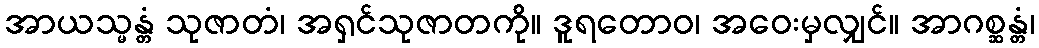
အာယသ္မန္တံ သုဇာတံ၊ အရှင်သုဇာတကို။ ဒူရတောဝ၊ အဝေးမှလျှင်။ အာဂစ္ဆန္တံ၊